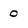
Character: 0